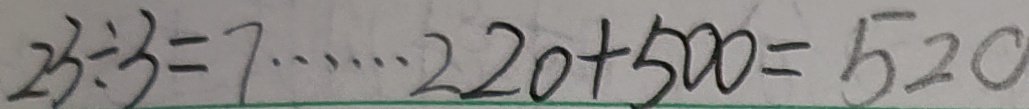
2 3 \div 3 = 7 \cdots 2 2 0 + 5 0 0 = 5 2 0